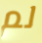
لم